Leaving Certificate Examination, 1925
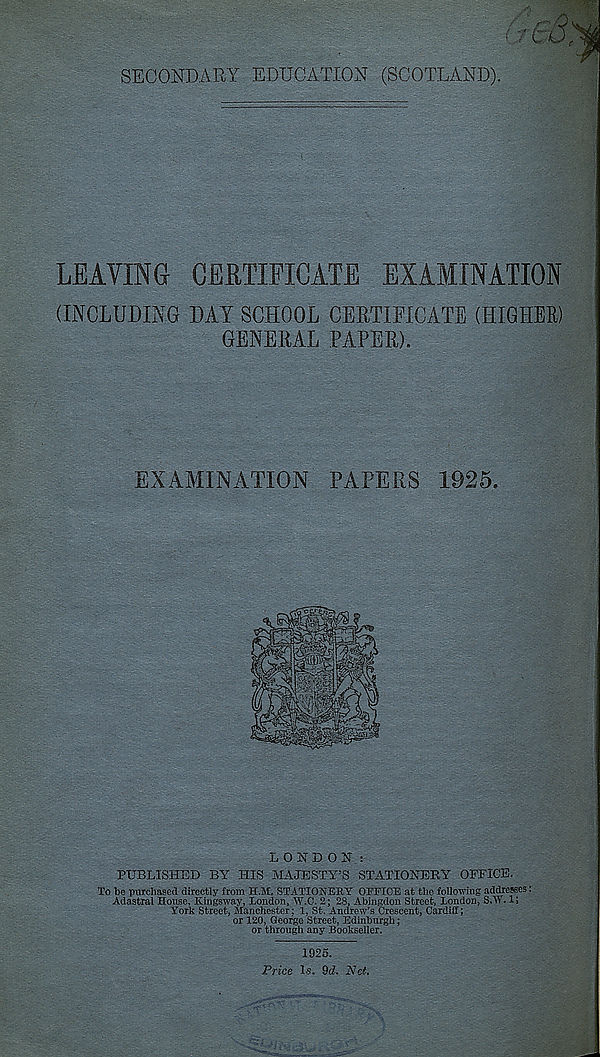
SECONDARY EDUCATION (SCOTLAND).
LEAVING CERTIFICATE EXAMINATION
(INCLUDING DAY SCHOOL CERTIFICATE (HIGHER)
GENERAL PAPER).
EXAMINATION PAPERS 1925.
LONDON:
PUBLISHED BY HIS MAJESTY’S STATIONERY OFFICE.
To be purchased directly from H.M. STATIONERY OFFICE at the following addresses:
Adastral House, Kingsway, London, W.C. 2; 28, Abingdon Street, London, S.W. 1;
York Street, Manchester; 1, St. Andrew’s Crescent, Cardiff;
or 120, George Street, Edinburgh;
or through any Bookseller.
1925.
Price 1-5. 9cZ. Net.